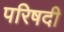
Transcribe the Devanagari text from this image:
परिषदी